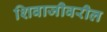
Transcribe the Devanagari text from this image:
शिवाजीवरील